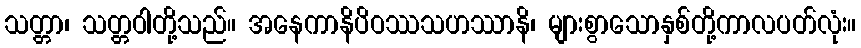
သတ္တာ၊ သတ္တဝါတို့သည်။ အနေကာနိပိဝဿသဟဿာနိ၊ များစွာသောနှစ်တို့ကာလပတ်လုံး။